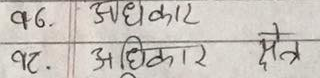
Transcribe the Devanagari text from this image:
96. अधिकार
97. अधिकार क्षेत्र